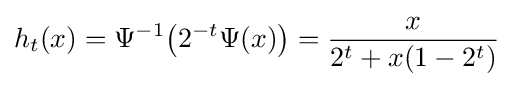
h_{t}(x)=\Psi ^{-1}{\big (}2^{-t}\Psi (x){\big )}={\frac {x}{2^{t}+x(1-2^{t})}}